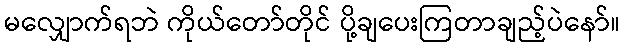
မလျှောက်ရဘဲ ကိုယ်တော်တိုင် ပို့ချပေးကြတာချည့်ပဲနော်။